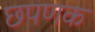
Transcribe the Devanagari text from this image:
छपणक